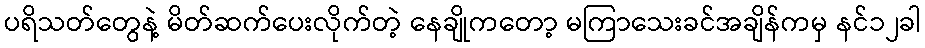
ပရိသတ်တွေနဲ့ မိတ်ဆက်ပေးလိုက်တဲ့ နေချိုကတော့ မကြာသေးခင်အချိန်ကမှ နင်၁၂ခါ